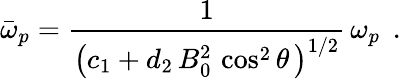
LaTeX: \bar{\omega}_{p}=\frac{1}{\left(c_{1}+d_{2}\, B_{0}^{2}\, \cos^{2}\theta\, \right)^{1/2}}\, \omega_{p}\, \; .